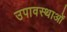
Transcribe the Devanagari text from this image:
उपावस्थाओं